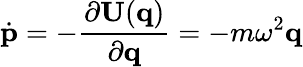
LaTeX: \dot{\textbf{p}}=-\frac{\partial\textbf{U}(\textbf{q})}{\partial{\textbf{q}}}=-m\omega^{2}\textbf{q}